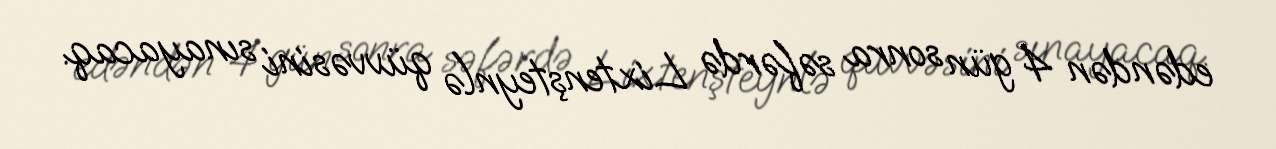
edəndən 4 gün sonra səfərdə Lixtenşteynlə qüvvəsini sınayacaq.